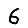
Digit: 6